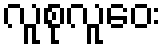
လူစုလူဝေး